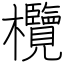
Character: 欖